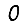
Digit: 0